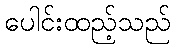
ပေါင်းထည့်သည်